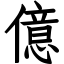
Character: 億